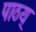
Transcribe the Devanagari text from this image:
पाठय्‌